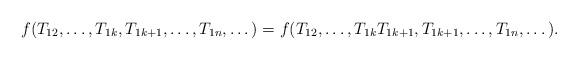
LaTeX: \begin{align*}f(T_{12},\dots,T_{1k},T_{1k+1},\dots,T_{1n},\dots)=f(T_{12},\dots,T_{1k}T_{1k+1},T_{1k+1},\dots,T_{1n},\dots).\end{align*}